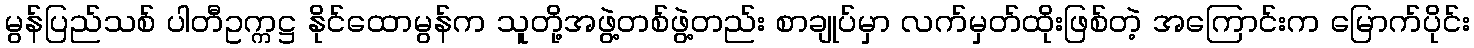
မွန်ပြည်သစ် ပါတီဥက္ကဋ္ဌ နိုင်ထောမွန်က သူတို့အဖွဲ့တစ်ဖွဲ့တည်း စာချုပ်မှာ လက်မှတ်ထိုးဖြစ်တဲ့ အကြောင်းက မြောက်ပိုင်း